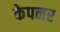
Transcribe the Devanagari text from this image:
केपनर